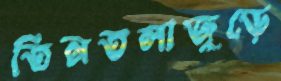
তিনতলাজুড়ে